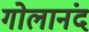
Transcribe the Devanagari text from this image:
गोलानंद